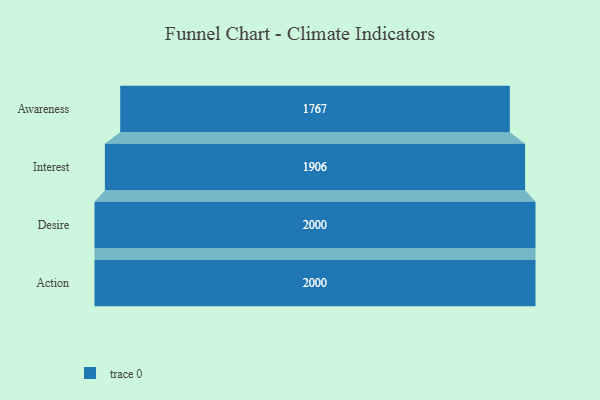
{"axis": {"x": "Stage", "y": "Value"}, "legend": [""], "data": [{"x": "Awareness", "y": 1767.0, "type": ""}, {"x": "Interest", "y": 1906.0, "type": ""}, {"x": "Desire", "y": 2000, "type": ""}, {"x": "Action", "y": 2000, "type": ""}]}